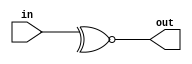
module XNOR4 #(parameter SIZE = 4) (input [SIZE-1:0] in, output out);
assign out = ~^in;
endmodule